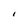
Character: I